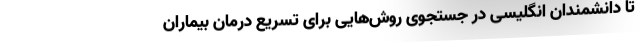
تا دانشمندان انگلیسی در جستجوی روش‌هایی برای تسریع درمان بیماران